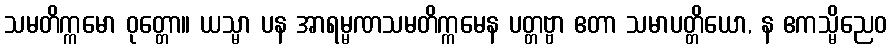
သမတိက္ကမော ဝုတ္တော။ ယသ္မာ ပန အာရမ္မဏသမတိက္ကမေန ပတ္တဗ္ဗာ ဧတာ သမာပတ္တိယော, န ဧကသ္မိညေဝ